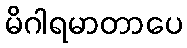
မိဂါရမာတာပေ